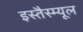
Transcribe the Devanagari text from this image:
इस्तैस्म्यूल